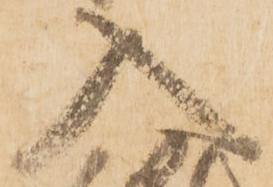
入